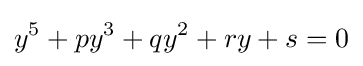
y^{5}+py^{3}+qy^{2}+ry+s=0